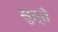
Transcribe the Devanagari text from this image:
सुत्ते